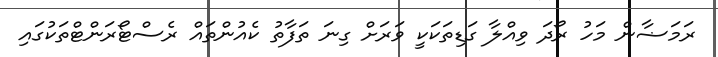
ރަމަޟާން މަހު ރޯދަ ވިއްލާ ގަޑިތަކަކީ ވަރަށް ގިނަ ތަފާތު ކެއުންތައް ރެސްޓޯރަންޓްތަކުގައި